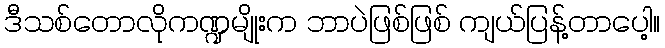
ဒီသစ်တောလိုကဏ္ဍမျိုးက ဘာပဲဖြစ်ဖြစ် ကျယ်ပြန့်တာပေါ့။